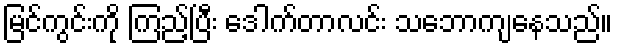
မြင်ကွင်းကို ကြည့်ပြီး ဒေါက်တာလင်း သဘောကျနေသည်။